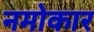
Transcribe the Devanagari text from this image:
नमोकार